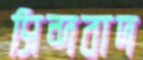
সিন্দবাদ